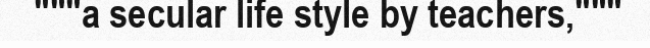
"""a secular life style by teachers,"""